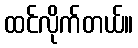
ထင်လိုက်တယ်။